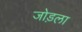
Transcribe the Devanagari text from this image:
जोड़ला